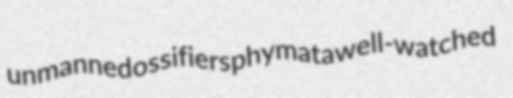
unmanned ossifiers phymata well-watched